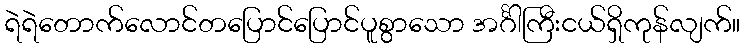
ရဲရဲတောက်လောင်တပြောင်ပြောင်ပူစွာသော အင်္ဂါကြီးငယ်ရှိကုန်လျက်။